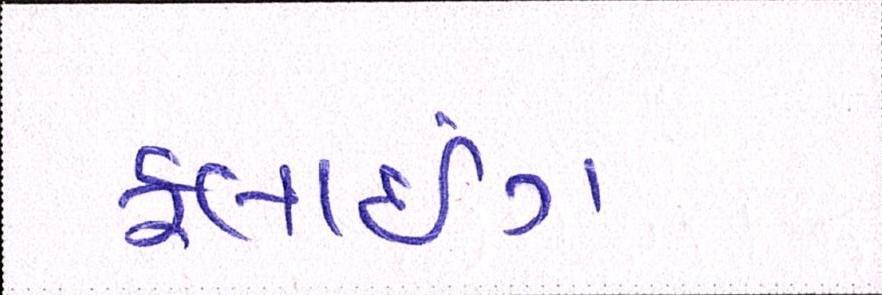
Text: ફ્લાઇંગ